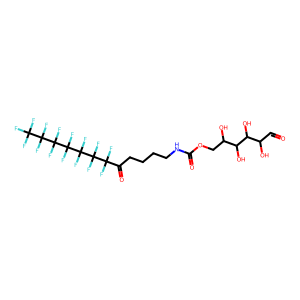
SMILES: O=CC(O)C(O)C(O)C(O)COC(=O)NCCCCC(=O)C(F)(F)C(F)(F)C(F)(F)C(F)(F)C(F)(F)C(F)(F)C(F)(F)F
Inhibits HIV replication: No